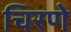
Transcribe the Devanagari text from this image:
चिरणे